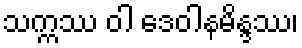
သက္ကဿ ဝါ ဒေဝါနမိန္ဒဿ၊